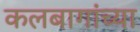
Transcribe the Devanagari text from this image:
कलबागांच्या